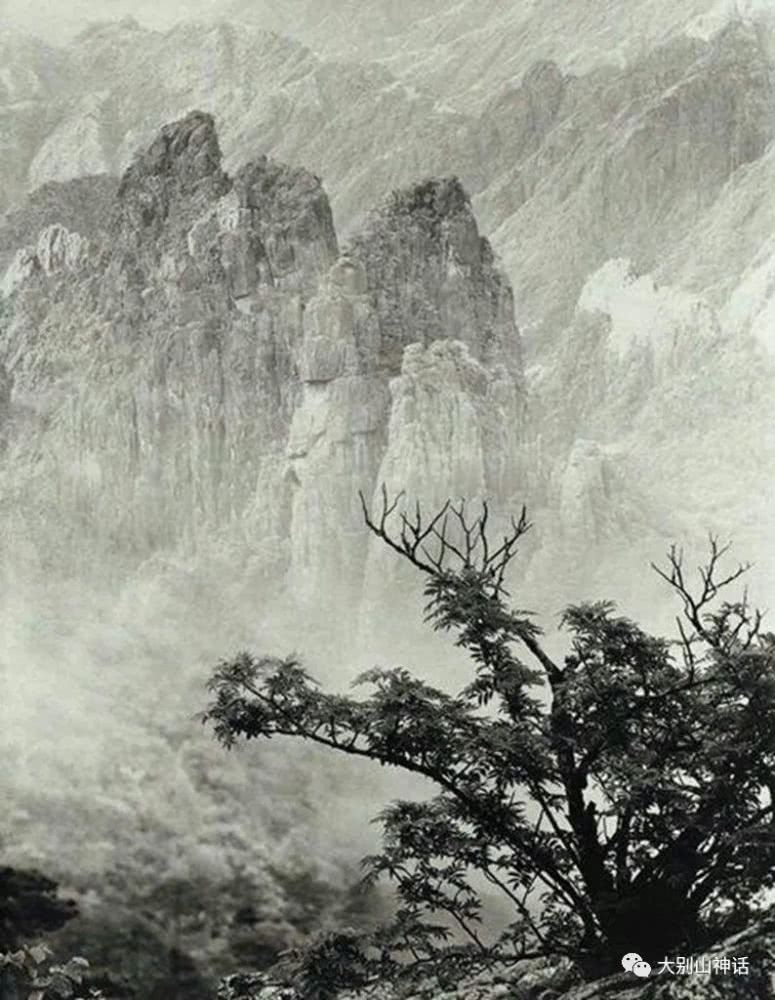
残柳宫前空露叶，夕阳川上浩烟波。